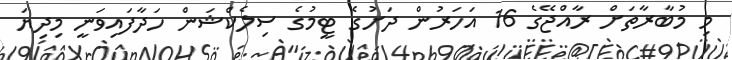
މި މުބާރާތަށް ރާއްޖޭގެ 16 އަހަރުން ދަށުގެ ޓީމުގެ ސިލެކްޝަން ހަދާފައިވަނީ މިދިޔަ